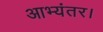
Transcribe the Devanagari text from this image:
आभ्यंतर।